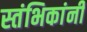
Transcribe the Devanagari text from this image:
स्तंभिकांनी